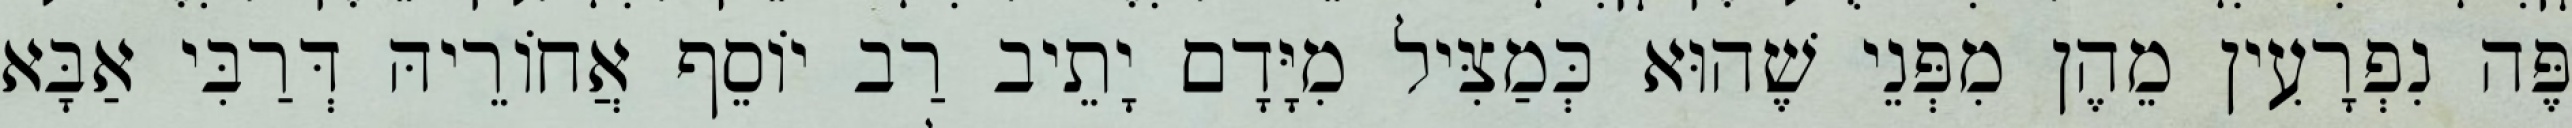
פֶּה נִפְרָעִין מֵהֶן מִפְּנֵי שֶׁהוּא כְּמַצִּיל מִיָּדָם יָתֵיב רַב יוֹסֵף אֲחוֹרֵיהּ דְּרַבִּי אַבָּא